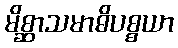
မိစ္ဆာသမာဓိပစ္စယာ